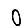
Digit: 0